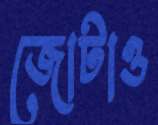
জোটাও